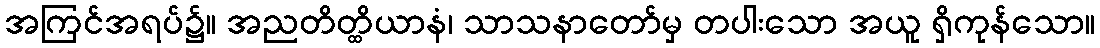
အကြင်အရပ်၌။ အညတိတ္ထိယာနံ၊ သာသနာတော်မှ တပါးသော အယူ ရှိကုန်သော။